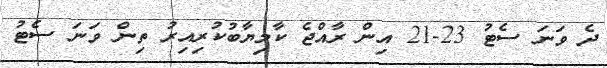
ދެ ވަނަ ސެޓު 23-21 އިން ރާއްޖެ ކާމިޔާބުކުރިއިރު ތިން ވަނަ ސެޓު